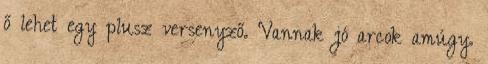
ő lehet egy plusz versenyző. Vannak jó arcok amúgy.